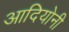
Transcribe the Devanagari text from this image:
आदियोनी